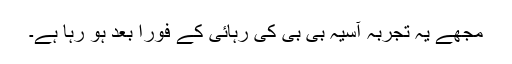
مجھے یہ تجربہ آسیہ بی بی کی رہائی کے فوراً بعد ہو رہا ہے۔